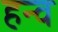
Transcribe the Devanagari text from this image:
हन्व